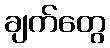
ချက်တွေ